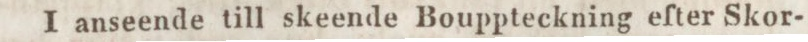
I anseende till skeende Bouppteckning efter Skor-